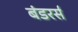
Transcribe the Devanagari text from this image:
बंडरर्स